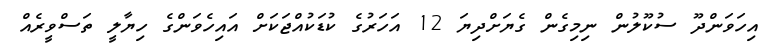
އިހަވަންދޫ ސުކޫލުން ނިމިގެން ގެޔަށްދިޔަ 12 އަހަރުގެ ކުޑަކުއްޖަކަށް އައިހެވަންގެ ހިޔާލީ ތަސްވީރެއް